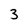
Character: 3